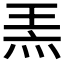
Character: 𤈅